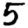
Digit: 5